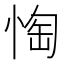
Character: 𱞢